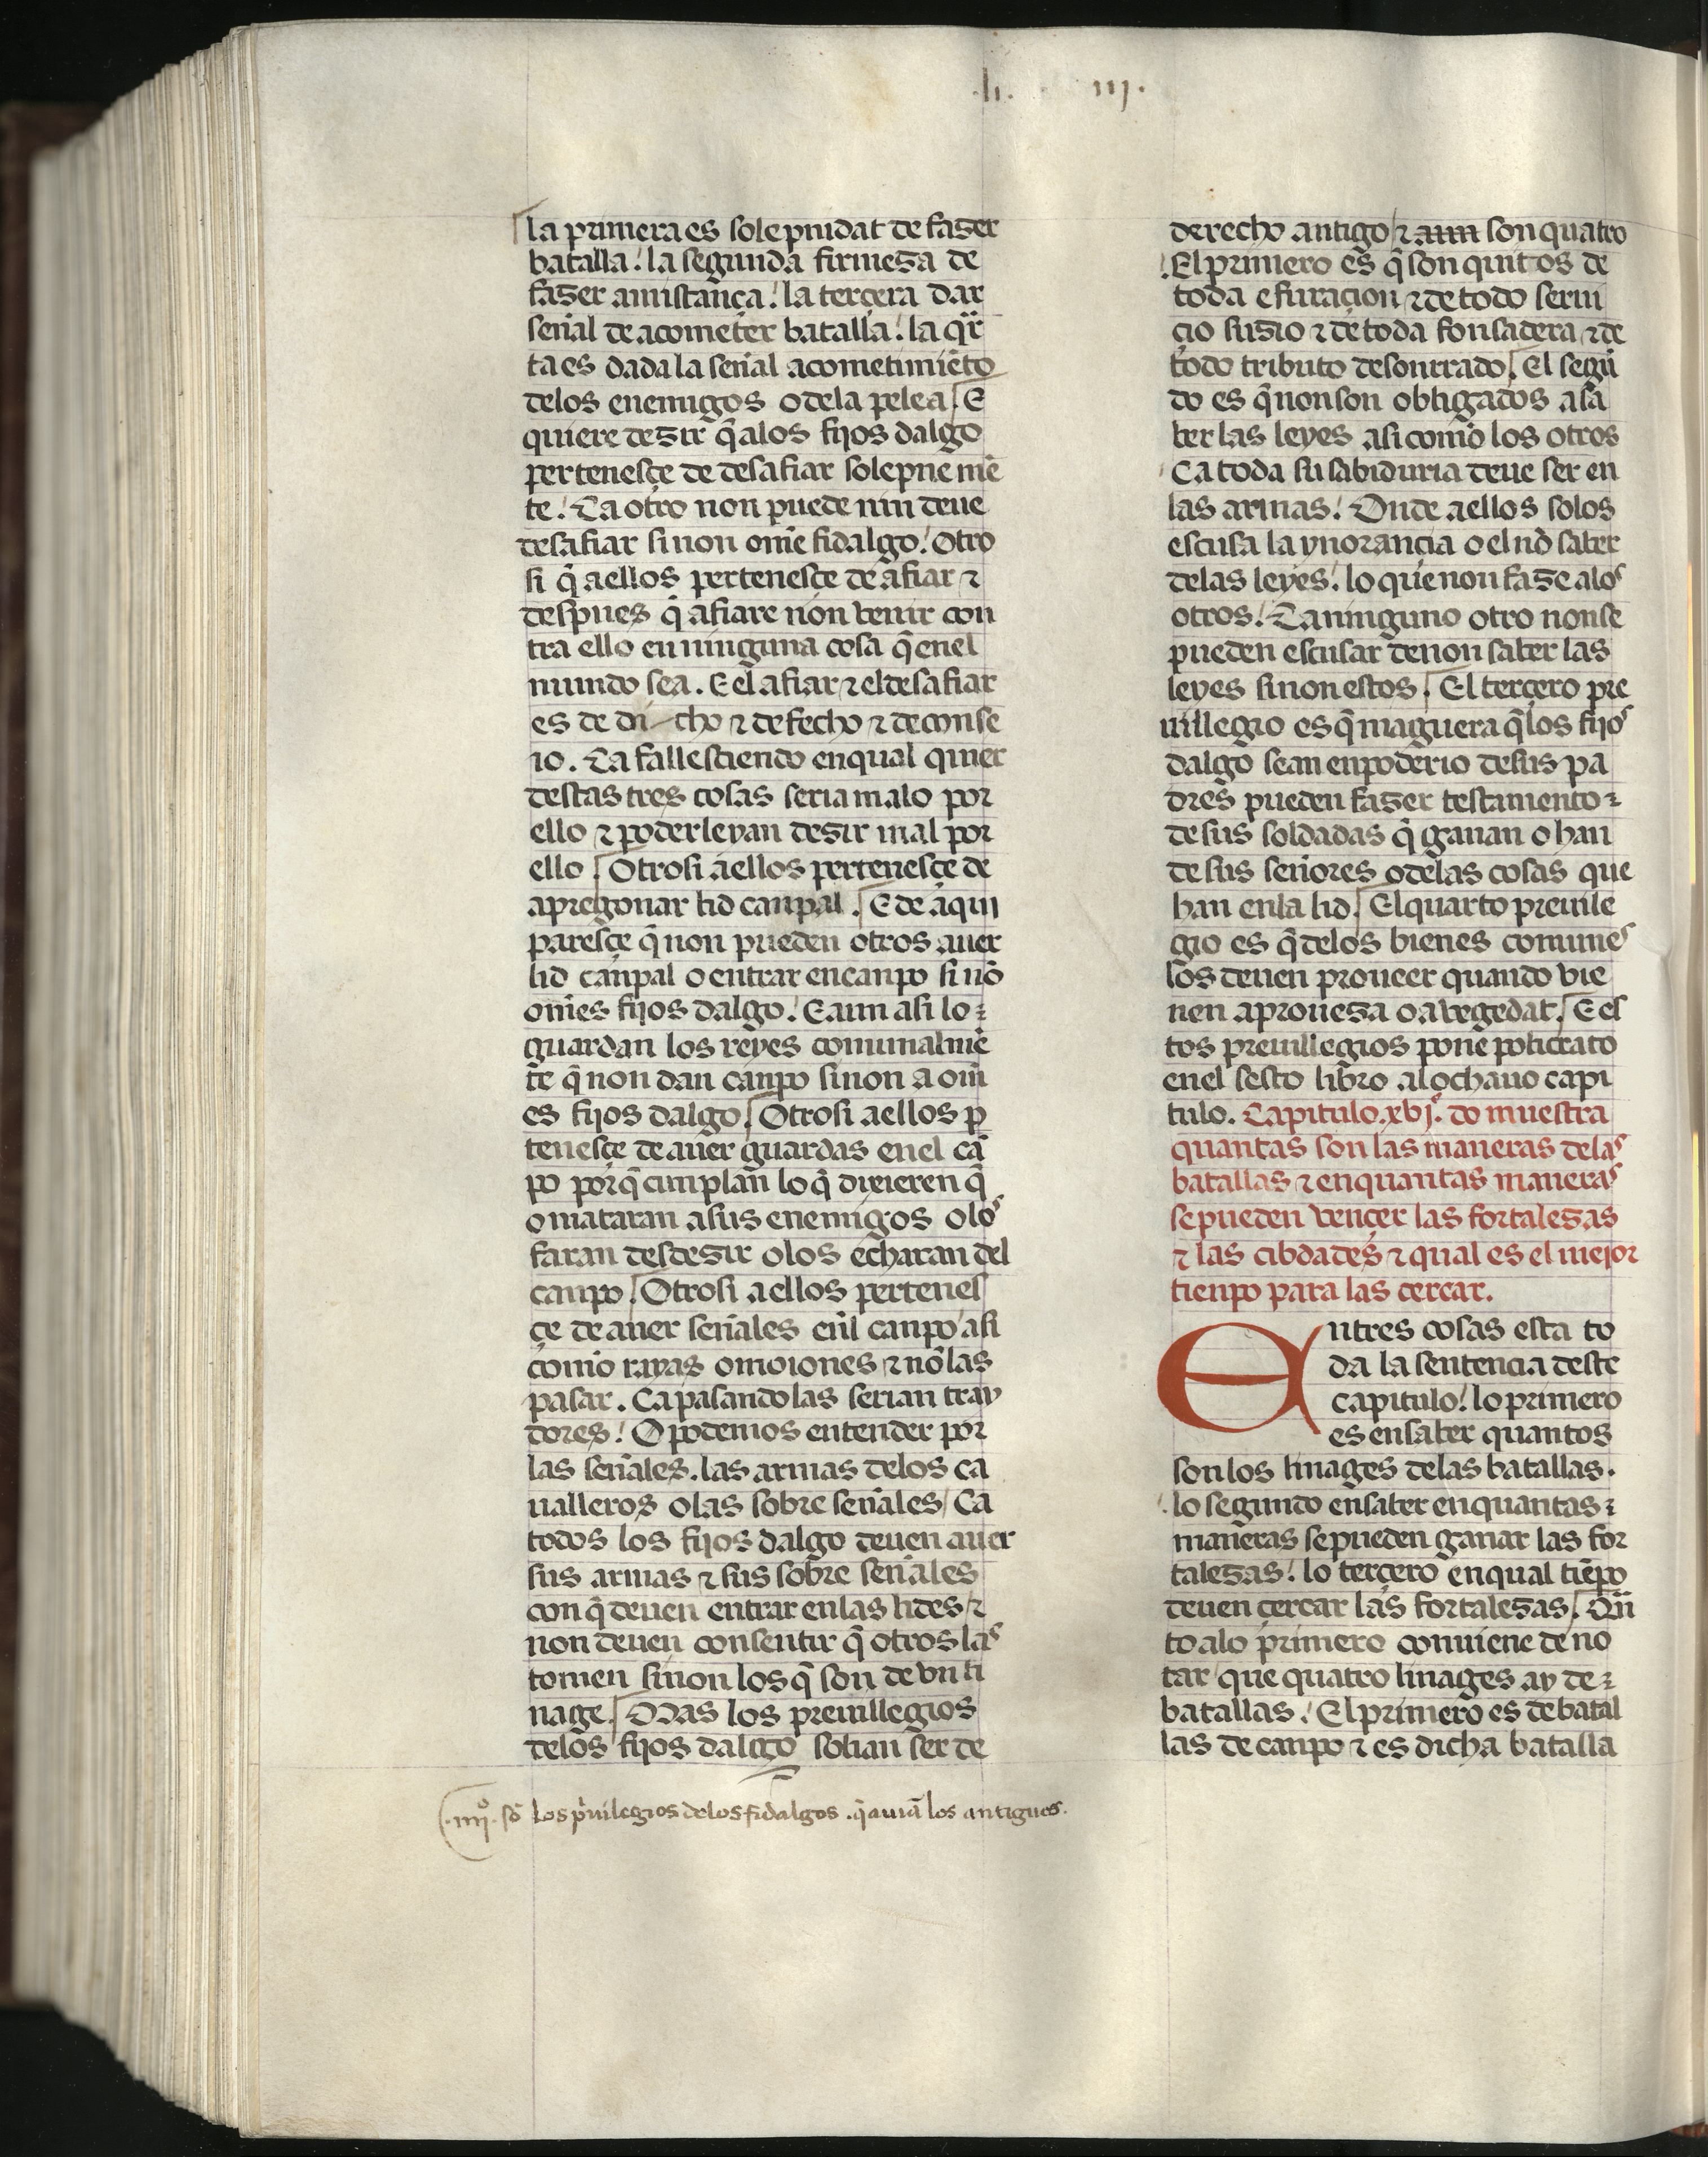
Shelfmark: Madrid, Fundación Lázaro Galdiano, mss 289
Century: 15